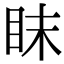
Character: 眜